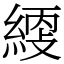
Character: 䌄